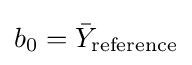
b_{0}={\bar {Y}}_{\text{reference}}